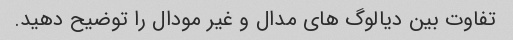
تفاوت بین دیالوگ های مدال و غیر مودال را توضیح دهید.